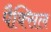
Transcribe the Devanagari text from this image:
पैक्सिल